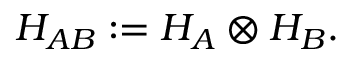
H _ { A B } : = H _ { A } \otimes H _ { B } .